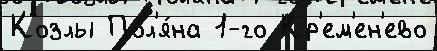
Козлы Пол'я́на 1-го Кр'ем'ен'ево